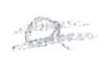
Text: a
Cross-out: mix
Writing tool: pencil